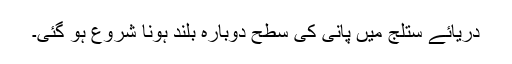
دریائے ستلج میں پانی کی سطح دوبارہ بلند ہونا شروع ہو گئی۔